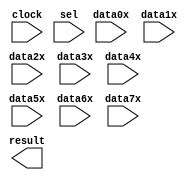
// megafunction wizard: %LPM_MUX%VBB%
// GENERATION: STANDARD
// VERSION: WM1.0
// MODULE: LPM_MUX 

// ============================================================
// Megafunction Name(s):
// 			LPM_MUX
//
// Simulation Library Files(s):
// 			lpm
// ============================================================
// ************************************************************
// THIS IS A WIZARD-GENERATED FILE. DO NOT EDIT THIS FILE!
//
// 14.1.0 Build 186 12/03/2014 SJ Full Version
// ************************************************************

//Copyright (C) 1991-2014 Altera Corporation. All rights reserved.
//Your use of Altera Corporation's design tools, logic functions 
//and other software and tools, and its AMPP partner logic 
//functions, and any output files from any of the foregoing 
//(including device programming or simulation files), and any 
//associated documentation or information are expressly subject 
//to the terms and conditions of the Altera Program License 
//Subscription Agreement, the Altera Quartus II License Agreement,
//the Altera MegaCore Function License Agreement, or other 
//applicable license agreement, including, without limitation, 
//that your use is for the sole purpose of programming logic 
//devices manufactured by Altera and sold by Altera or its 
//authorized distributors.  Please refer to the applicable 
//agreement for further details.

module mux_8to1_32stream (
	clock,
	data0x,
	data1x,
	data2x,
	data3x,
	data4x,
	data5x,
	data6x,
	data7x,
	sel,
	result);

	input	  clock;
	input	[32:0]  data0x;
	input	[32:0]  data1x;
	input	[32:0]  data2x;
	input	[32:0]  data3x;
	input	[32:0]  data4x;
	input	[32:0]  data5x;
	input	[32:0]  data6x;
	input	[32:0]  data7x;
	input	[2:0]  sel;
	output	[32:0]  result;

endmodule

// ============================================================
// CNX file retrieval info
// ============================================================
// Retrieval info: PRIVATE: INTENDED_DEVICE_FAMILY STRING "Cyclone V"
// Retrieval info: PRIVATE: SYNTH_WRAPPER_GEN_POSTFIX STRING "0"
// Retrieval info: PRIVATE: new_diagram STRING "1"
// Retrieval info: LIBRARY: lpm lpm.lpm_components.all
// Retrieval info: CONSTANT: LPM_PIPELINE NUMERIC "1"
// Retrieval info: CONSTANT: LPM_SIZE NUMERIC "8"
// Retrieval info: CONSTANT: LPM_TYPE STRING "LPM_MUX"
// Retrieval info: CONSTANT: LPM_WIDTH NUMERIC "33"
// Retrieval info: CONSTANT: LPM_WIDTHS NUMERIC "3"
// Retrieval info: USED_PORT: clock 0 0 0 0 INPUT NODEFVAL "clock"
// Retrieval info: USED_PORT: data0x 0 0 33 0 INPUT NODEFVAL "data0x[32..0]"
// Retrieval info: USED_PORT: data1x 0 0 33 0 INPUT NODEFVAL "data1x[32..0]"
// Retrieval info: USED_PORT: data2x 0 0 33 0 INPUT NODEFVAL "data2x[32..0]"
// Retrieval info: USED_PORT: data3x 0 0 33 0 INPUT NODEFVAL "data3x[32..0]"
// Retrieval info: USED_PORT: data4x 0 0 33 0 INPUT NODEFVAL "data4x[32..0]"
// Retrieval info: USED_PORT: data5x 0 0 33 0 INPUT NODEFVAL "data5x[32..0]"
// Retrieval info: USED_PORT: data6x 0 0 33 0 INPUT NODEFVAL "data6x[32..0]"
// Retrieval info: USED_PORT: data7x 0 0 33 0 INPUT NODEFVAL "data7x[32..0]"
// Retrieval info: USED_PORT: result 0 0 33 0 OUTPUT NODEFVAL "result[32..0]"
// Retrieval info: USED_PORT: sel 0 0 3 0 INPUT NODEFVAL "sel[2..0]"
// Retrieval info: CONNECT: @clock 0 0 0 0 clock 0 0 0 0
// Retrieval info: CONNECT: @data 0 0 33 0 data0x 0 0 33 0
// Retrieval info: CONNECT: @data 0 0 33 33 data1x 0 0 33 0
// Retrieval info: CONNECT: @data 0 0 33 66 data2x 0 0 33 0
// Retrieval info: CONNECT: @data 0 0 33 99 data3x 0 0 33 0
// Retrieval info: CONNECT: @data 0 0 33 132 data4x 0 0 33 0
// Retrieval info: CONNECT: @data 0 0 33 165 data5x 0 0 33 0
// Retrieval info: CONNECT: @data 0 0 33 198 data6x 0 0 33 0
// Retrieval info: CONNECT: @data 0 0 33 231 data7x 0 0 33 0
// Retrieval info: CONNECT: @sel 0 0 3 0 sel 0 0 3 0
// Retrieval info: CONNECT: result 0 0 33 0 @result 0 0 33 0
// Retrieval info: GEN_FILE: TYPE_NORMAL mux_8to1_32stream.v TRUE
// Retrieval info: GEN_FILE: TYPE_NORMAL mux_8to1_32stream.inc FALSE
// Retrieval info: GEN_FILE: TYPE_NORMAL mux_8to1_32stream.cmp FALSE
// Retrieval info: GEN_FILE: TYPE_NORMAL mux_8to1_32stream.bsf FALSE
// Retrieval info: GEN_FILE: TYPE_NORMAL mux_8to1_32stream_inst.v TRUE
// Retrieval info: GEN_FILE: TYPE_NORMAL mux_8to1_32stream_bb.v TRUE
// Retrieval info: LIB_FILE: lpm